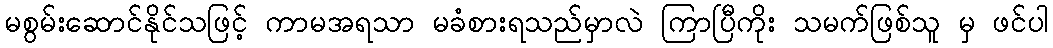
မစွမ်းဆောင်နိုင်သဖြင့် ကာမအရသာ မခံစားရသည်မှာလဲ ကြာပြီကိုး သမက်ဖြစ်သူ မှ ဖင်ပါ